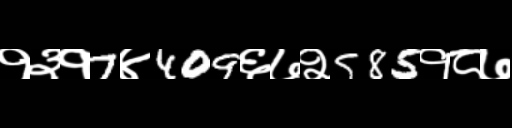
Text: १३१7४409६७२585१८७